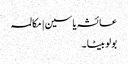
عائشہ یاسین | مکالمہ
بولو بیٹا ۔